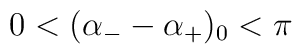
0 < (\alpha_- - \alpha_+)_0 < \pi \,